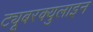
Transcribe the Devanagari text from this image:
ट्यूबरक्युलाइन